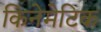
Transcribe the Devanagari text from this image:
किनेमेटिक